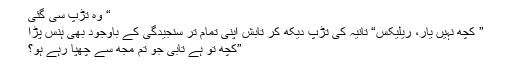
“ وہ تڑپ سی گئی
” کچھ نہیں یار، ریلیکس“ تانیہ کی تڑپ دیکھ کر تابش اپنی تمام تر سنجیدگی کے باوجود بھی ہنس پڑا
”کچھ تو ہے تابی جو تم مجھ سے چھپا رہے ہو؟